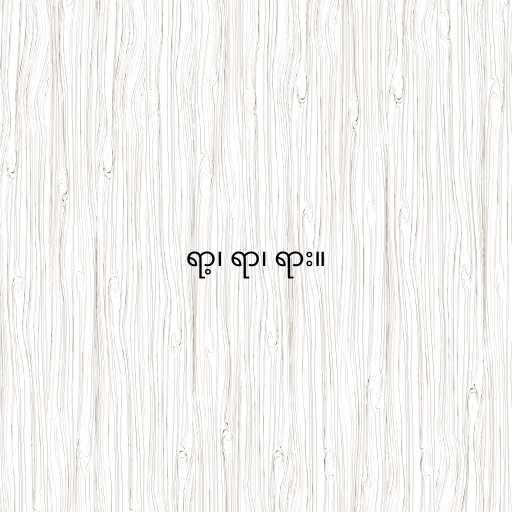
ရာ့၊ ရာ၊ ရား။